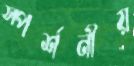
স্পর্শনীয়